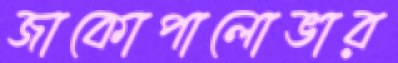
জাকোপালোভার